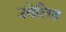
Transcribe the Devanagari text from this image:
उत्तेलित